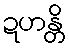
ဍဟန္တိ